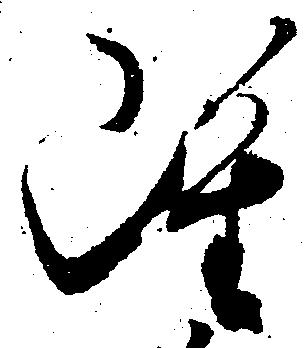
雖